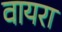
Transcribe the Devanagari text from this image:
वायरा